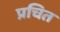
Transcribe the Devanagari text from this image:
प्रचित